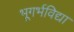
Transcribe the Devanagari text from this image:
भूगर्भविद्या